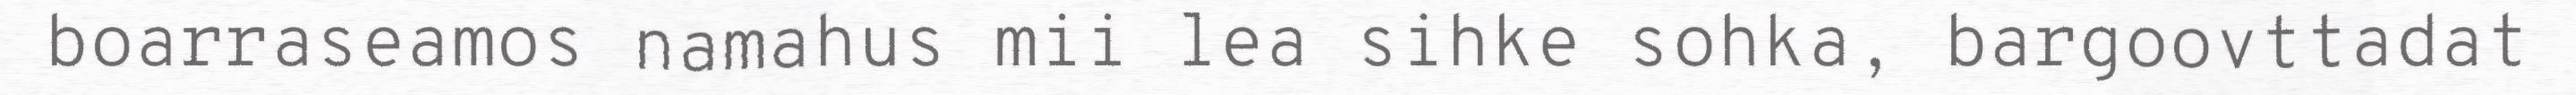
boarraseamos namahus mii lea sihke sohka, bargoovttadat